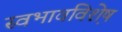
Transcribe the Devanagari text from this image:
स्वभावविशे़ष